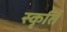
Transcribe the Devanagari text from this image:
स्कृति